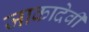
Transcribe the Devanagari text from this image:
जाकादेवी